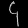
Digit: ၄